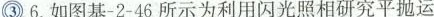
③6.如图基-2-46所示为利用闪光照相研究平抛运